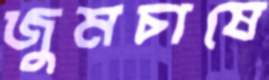
জুমচাষে